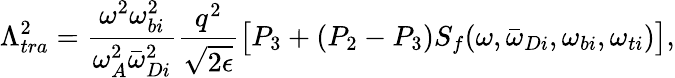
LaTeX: \Lambda_{tra}^{2}=\frac{\omega^{2}\omega_{bi}^{2}}{\omega_{A}^{2}{\bar{\omega}}_{Di}^{2}}\frac{q^{2}}{\sqrt{2\epsilon}}\big[P_{3}+(P_{2}-P_{3}){S_{f}}(\omega,{\bar{\omega}}_{Di},\omega_{bi},\omega_{ti})\big],